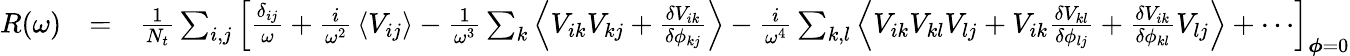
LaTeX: \begin{array}{rlr}{R(\omega)}&{=}&{\frac{1}{N_{t}}\sum_{i,j}\left[\frac{\delta_{ij}}{\omega}+\frac{i}{\omega^{2}}\, \left\langle V_{ij}\right\rangle-\frac{1}{\omega^{3}}\sum_{k}\left\langle V_{ik}V_{kj}+\frac{\delta V_{ik}}{\delta\phi_{kj}}\right\rangle-\frac{i}{\omega^{4}}\sum_{k,l}\left\langle V_{ik}V_{kl}V_{lj}+V_{ik}\frac{\delta V_{kl}}{\delta\phi_{lj}}+\frac{\delta V_{ik}}{\delta\phi_{kl}}V_{lj}\right\rangle+\cdots\right]_{\boldsymbol{\phi}=0}}\end{array}